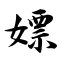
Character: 嫖